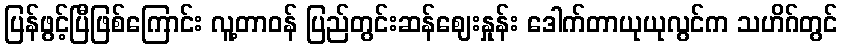
ပြန်ဖွင့်ပြီဖြစ်ကြောင်း လူ့တာဝန် ပြည်တွင်းဆန်ဈေးနှုန်း ဒေါက်တာယုယုလွင်က သဟိဂ်တွင်